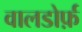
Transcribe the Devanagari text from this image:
वालडोर्फ़